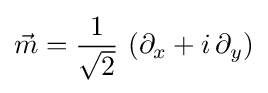
{\vec {m}}={\frac {1}{\sqrt {2}}}\,\left(\partial _{x}+i\,\partial _{y}\right)